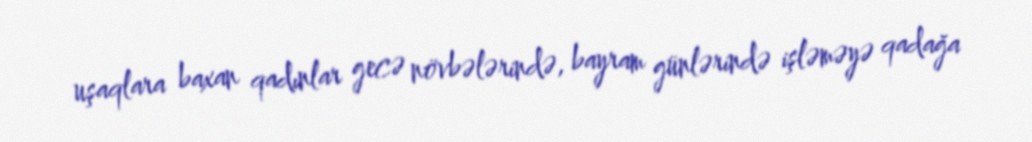
uşaqlara baxan qadınlar gecə növbələrində, bayram günlərində işləməyə qadağa